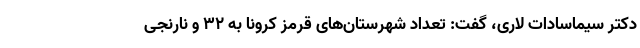
دکتر سیماسادات لاری، گفت: تعداد شهرستان‌های قرمز کرونا به ۳۲ و نارنجی